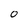
Character: O